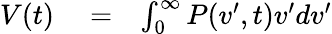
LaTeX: \begin{array}{rlr}{V(t)}&{{}=}&{\int_{0}^{\infty}P(v^{\prime},t)v^{\prime}dv^{\prime}}\end{array}